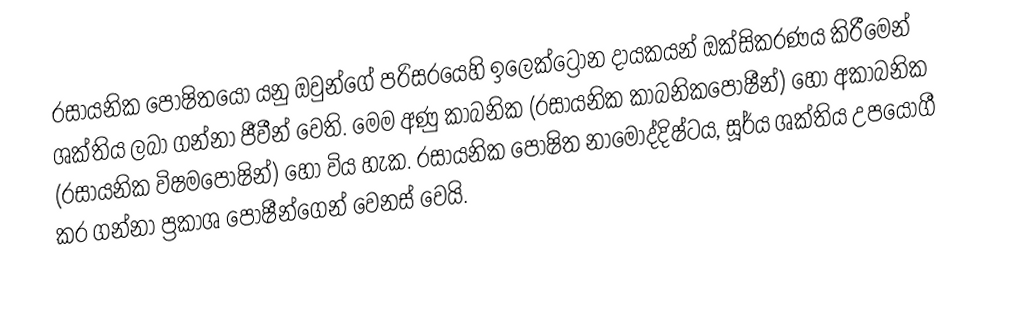
රසායනික පෝෂිතයෝ යනු ඔවුන්ගේ පරිසරයෙහි ඉලෙක්ට්‍රෝන දායකයන්   ඔක්සිකරණය කිරීමෙන් ශක්තිය ලබා ගන්නා ජීවීන් වෙති. මෙම අණු කාබනික (රසායනික කාබනිකපෝෂීන්) හෝ අකාබනික (රසායනික විෂමපෝෂින්) හෝ විය හැක.  රසායනික පෝෂිත නාමෝද්දිෂ්ටය, සූර්ය ශක්තිය උපයෝගී කර ගන්නා ප්‍රකාශ පෝෂීන්ගෙන් වෙනස් වෙයි.